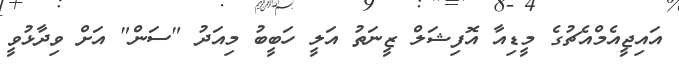
އައިޖީއެމްއެޗުގެ މީޑިއާ އޮފިޝަލް ޒީނަތު އަލީ ހަބީބު މިއަދު "ސަން" އަށް ވިދާޅުވީ